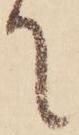
て